Trukikaitis_Postimees, lk 24
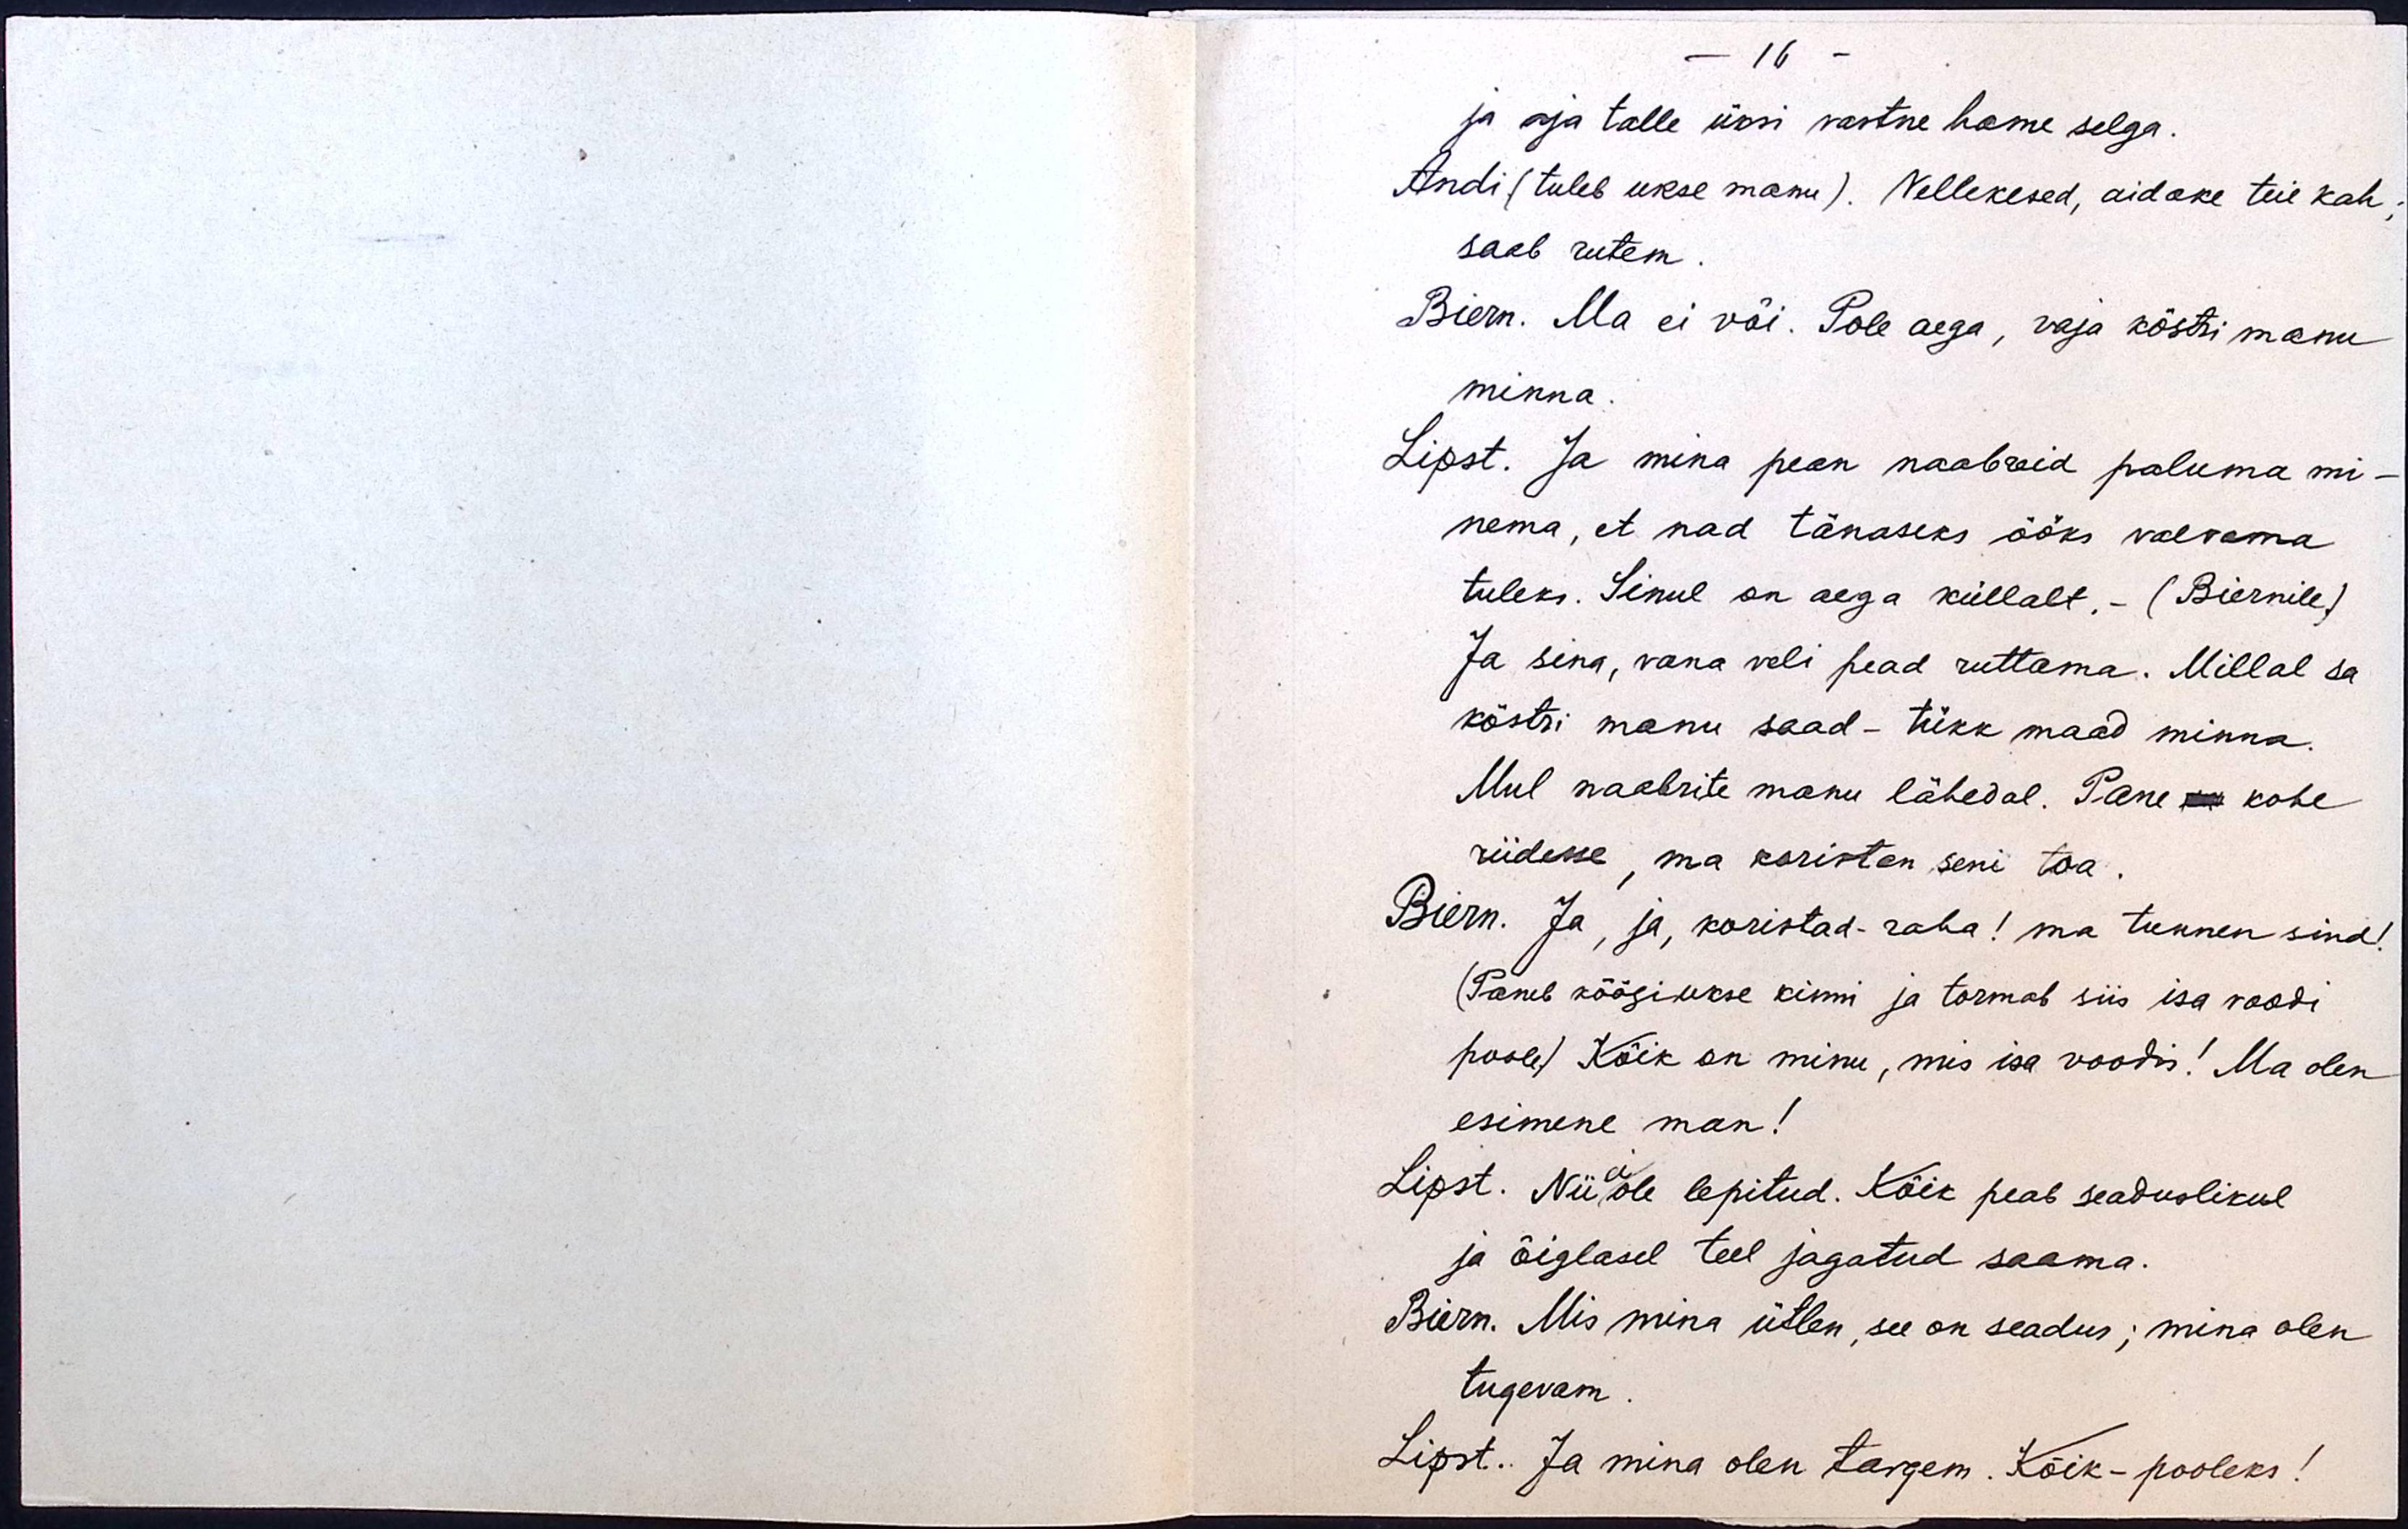
- 16 -
ja aja talle üksi vastne hame selga.
Andi (tuleb ukse manu). Vellekesed, aidake teie kah;
saab rutem.
Biern. Ma ei või. Pole aega, vaja köstri manu
minna.
Lipst. Ja mina pean naabreid paluma mi-
nema, et nad tänaseks ööks valvama
tuleks. Sinul on aega küllalt, - (Biernile)
Ja sina, vana veli pead ruttama. Millal sa
köstri manu saad - tükk maad minna.
Mul naabrite manu lähedal. Pane kohe
riidesse, ma koristan seni toa.
Biern. Ja, ja, koristad - raha! ma tunnen sind!
(Paneb köögiukse kinni ja tormab siis isa voodi
poole) Kõik on minu, mis isa voodis! Ma olen
esimene man!
Lipst. Nii ei ole lepitud. Kõik peab seaduslikul
ja õiglasel teel jagatud saama.
Biern. Mis mina ütlen, see on seadus; mina olen
tugevam.
Lipst. Ja mina olen targem. Kõik - pooleks!